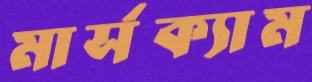
মার্সক্যাম